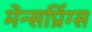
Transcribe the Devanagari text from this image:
मेन्सप्रिंग्स